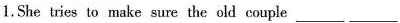
1. She tries to make sure the old couple ___ ___